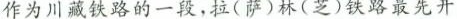
作为川藏铁路的一段，拉(萨)林(芝)铁路最先开